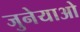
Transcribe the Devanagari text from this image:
जुनेयाओ